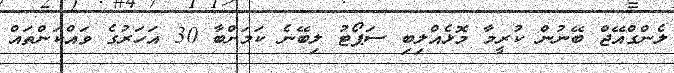
ލެންގްއޭޖް ބޭނުން ކުރީމާ މޮޅެއްލިބި ސަޕޯޓު ލިބޭނެ ކަމަށްބާ 30 އަހަރުގެ ވައްކަންތައް